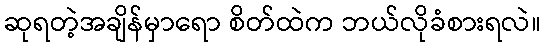
ဆုရတဲ့အချိန်မှာရော စိတ်ထဲက ဘယ်လိုခံစားရလဲ။